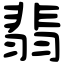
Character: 翡